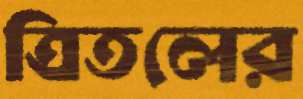
ত্রিতলের